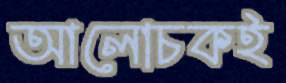
আলোচকই